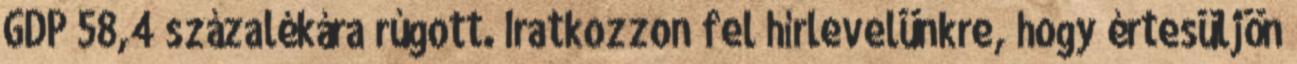
GDP 58,4 százalékára rúgott. Iratkozzon fel hírlevelünkre, hogy értesüljön